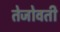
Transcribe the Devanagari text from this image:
तेजोवती